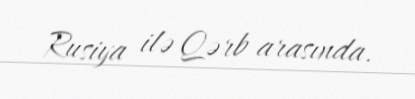
Rusiya ilə Qərb arasında.